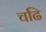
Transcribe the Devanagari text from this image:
चढि